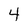
Character: 4